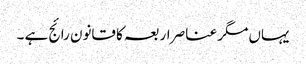
یہاں مگر عناصر اربعہ کا قانون رائج ہے ۔